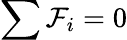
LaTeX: \sum\mathcal{F}_{i}=0